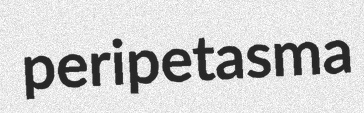
peripetasma